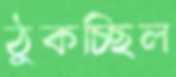
ঠুকচ্ছিল